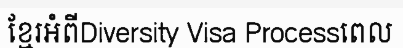
ខ្មែរអំពីDiversity Visa Processពេល